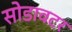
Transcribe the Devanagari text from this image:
सोडावटर